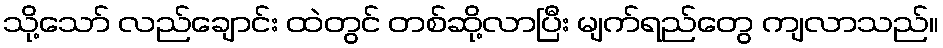
သို့သော် လည်ချောင်း ထဲတွင် တစ်ဆို့လာပြီး မျက်ရည်တွေ ကျလာသည်။